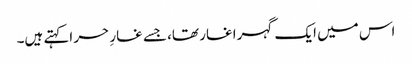
اس میں ایک گہرا غار تھا، جسے غارِ حر اکہتے ہیں۔